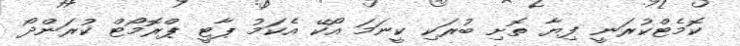
ކޮމެޓްކުރަނީ ފިޔާ ތޮށި ބުރަކި ކީނަމަ އޯކޭ އެކަމު ޕާޓީ ޕްރޮމޯޓް ކުރަންދޯ